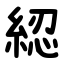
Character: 綛